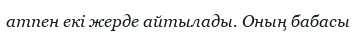
атпен екі жерде айтылады. Оның бабасы